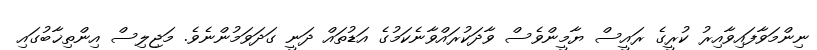
ނިންމަވާފައިވާއިރު ކުރީގެ ރައީސް ޔާމީންވެސް ވާދަކުރައްވާނެކަމުގެ އަޑުތައް ދަނީ ގަދަވަމުންނެވެ. މަޖިލިސް އިންތިޚާބުގައި